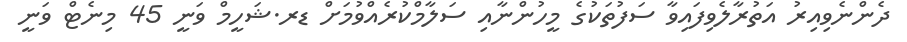
ދެންނެވިއިރު އަތުރާލެވިފައިވާ ސަފުތަކުގެ މީހުންނާއި ސަލާމްކުރެއްވުމަށް ޑރ.ޝަހީމް ވަނީ 45 މިނެޓް ވަނީ